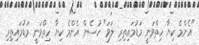
"އެންމެ ކިޔާ ހިތްވަނީ މަޑުމައިތިރި ލަވަ" ހުސެން އެންމެ ކިޔާ ހިތްވަނީ މަޑުމައިތިރި